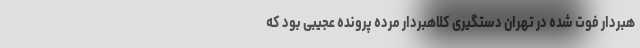
هبردار فوت شده در تهران دستگیری کلاهبردار مرده پرونده عجیبی بود که